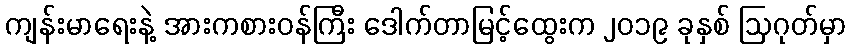
ကျန်းမာရေးနဲ့ အားကစားဝန်ကြီး ဒေါက်တာမြင့်ထွေးက ၂၀၁၉ ခုနှစ် ဩဂုတ်မှာ